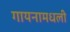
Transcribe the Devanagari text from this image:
गायनामधली